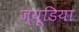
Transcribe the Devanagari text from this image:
ज्यूडिया